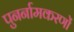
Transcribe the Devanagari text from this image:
पुनर्नामकरणों